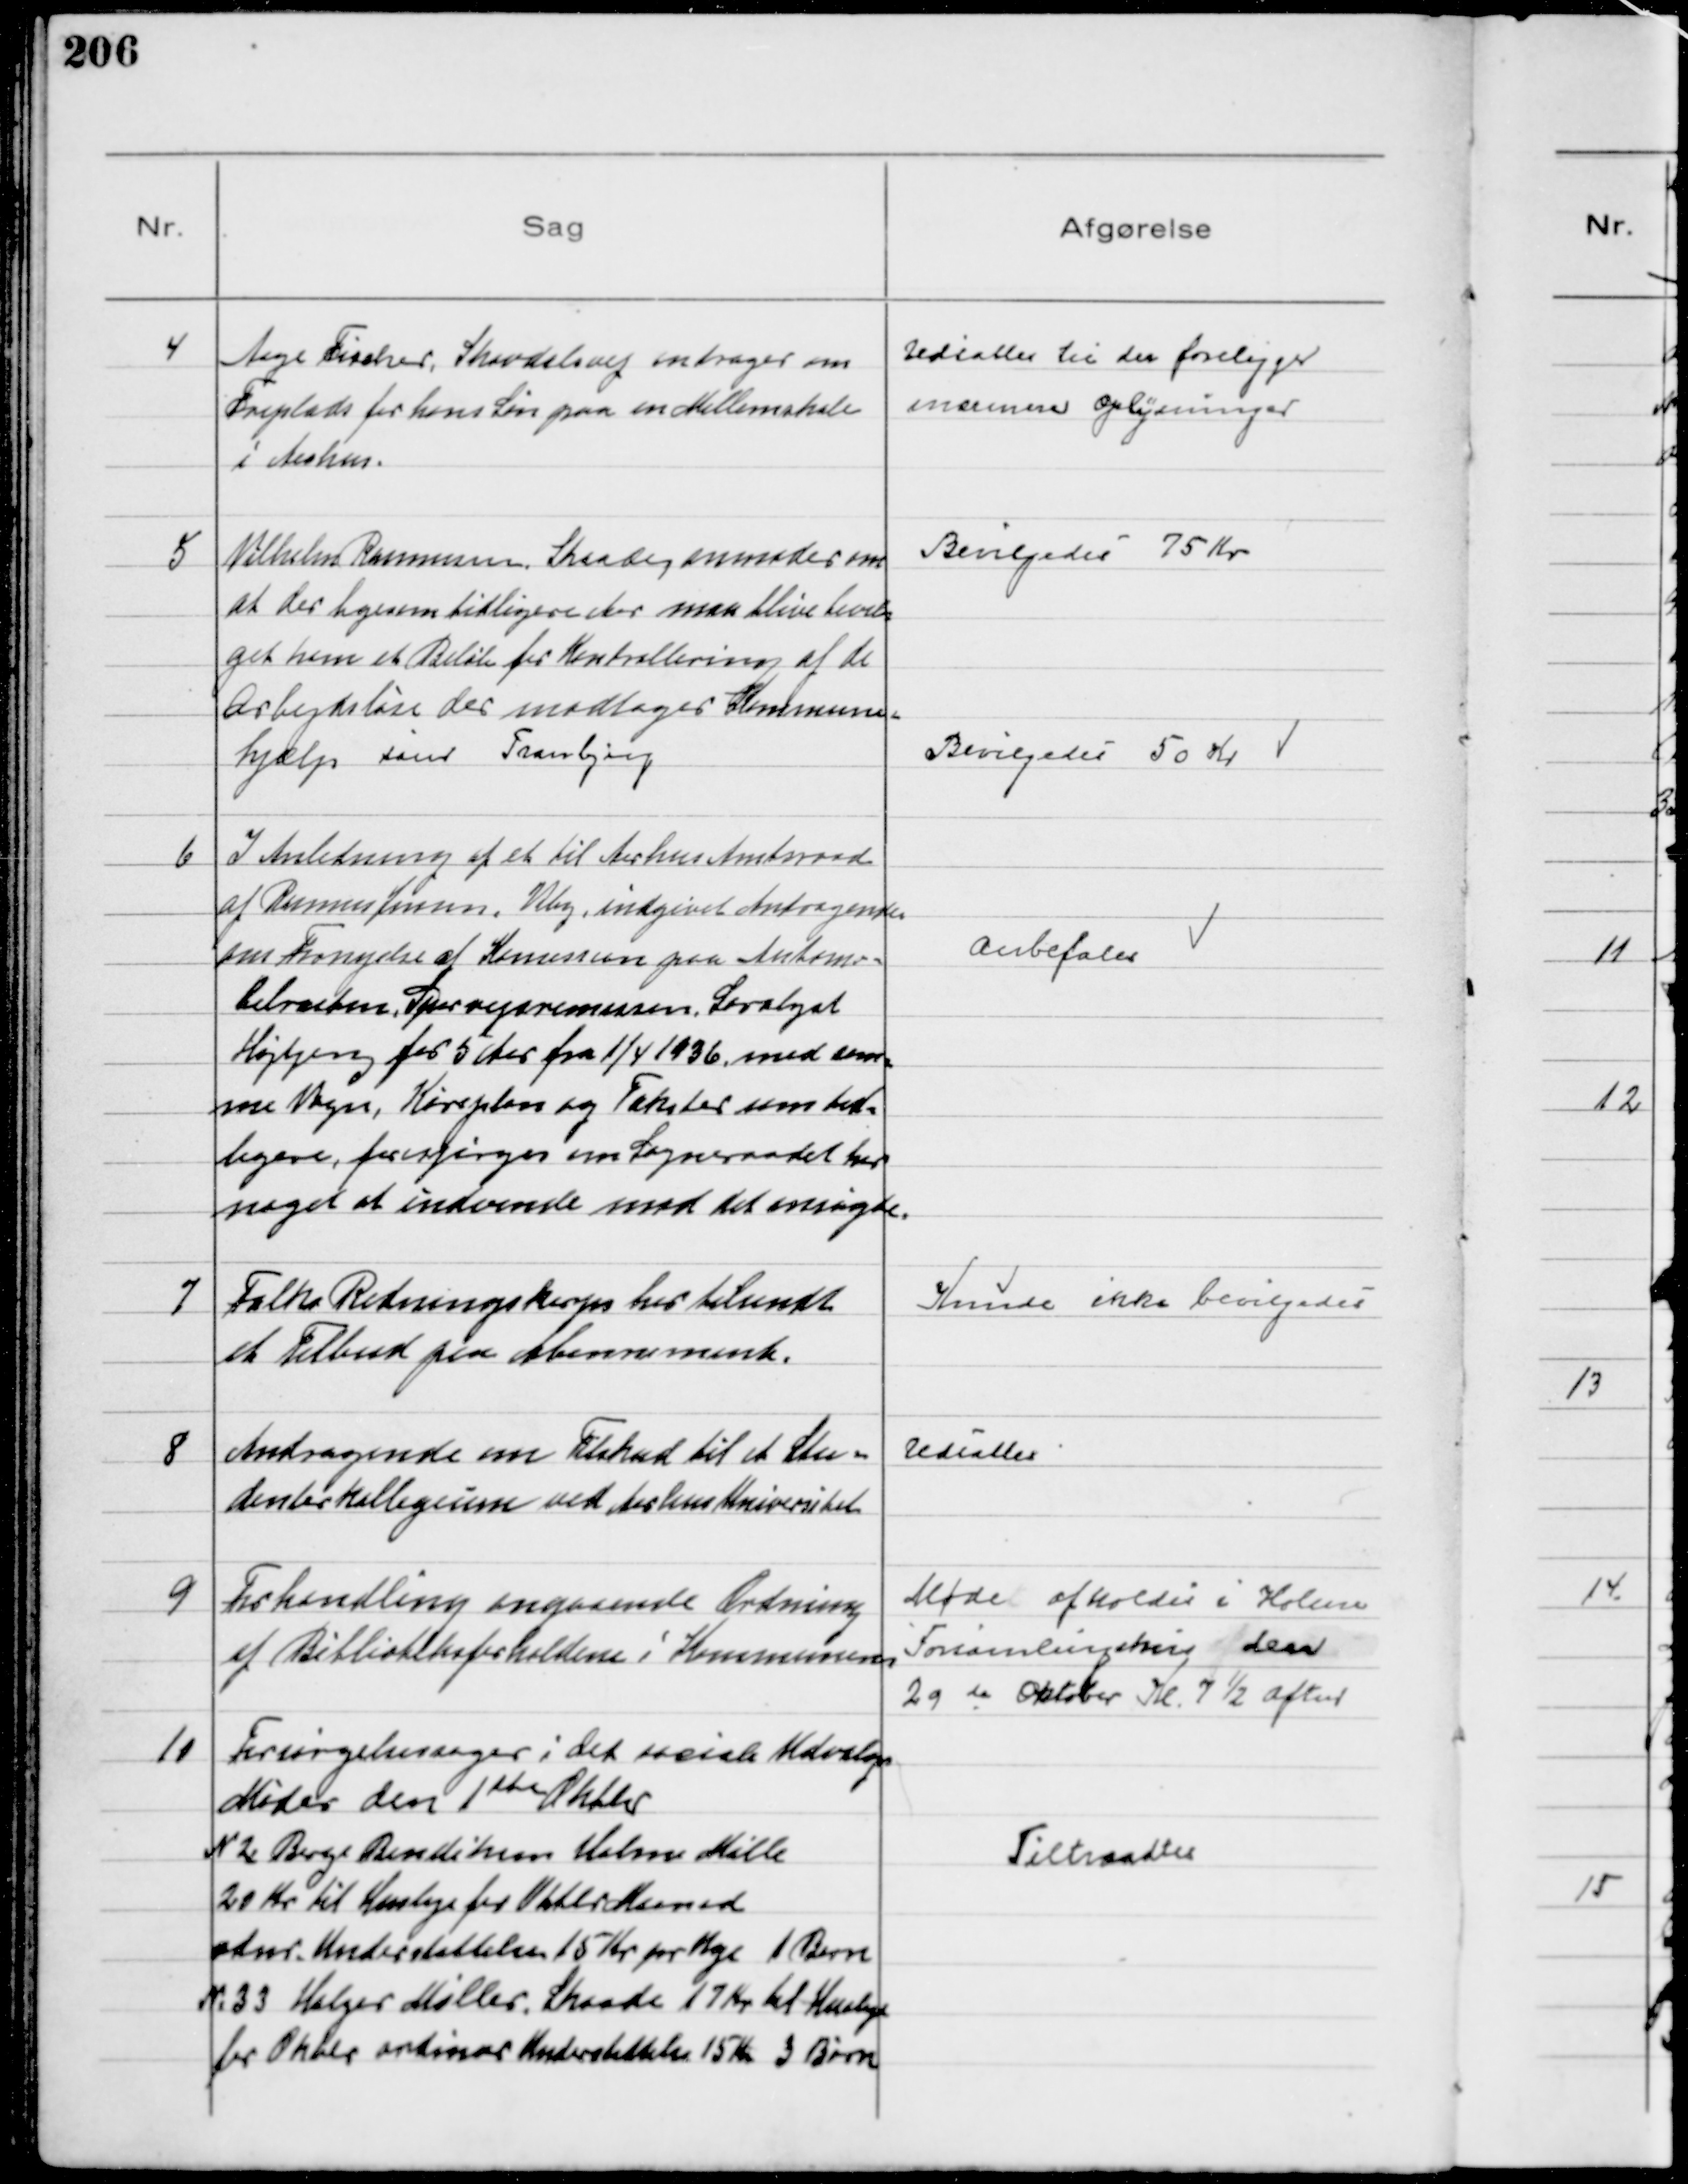
Transskription:
4
Aage Fischer, Skovdalsvej andrager om
Friplads for hans Søn paa en Mellemskole
i Aarhus.

Udsattes til der foreligger
nærmere Oplysninger

5
Vilhelm Rasmussen, Skaade, anmoder om
at der ligesom tidligere Aar maa blive bevil=
get ham et Beløb for Kontrollering af de
Arbejdsløse der modtager Kommune=
hjælp som Tranbjerg

Bevilgedes 75 Kr

Bevilgedes 50 Kr

6
I Anledning af et til Aarhus Amtsraad
af Rasmus Jensen, Viby, indgivet Andragende
om Fornyelse af Komission paa Automo=
bilruten, Sporvejsremissen, Saralyst 
Højbjerg for 5 Aar fra 1/4 1936, med sam=
me Vogn, Køreplan og Takster som tid=
ligere, forespørges om Sogneraadet har
noget at indvende mod det ansøgte.

Anbefales

7
Falks Redningskorps har tilsendt
et Tilbud paa Abonnement.

Kunde ikke bevilgedes

8
Andragende om Tilskud til et Stu=
denterkollegium ved Aarhus Universitet

Udsattes

9
Forhandling angaaende Ordning
af Biblioteksforholdene i Kommunen

Møde afholdes i Holme
Forsamlingshus den
29 de Oktober Kl. 7½ Aften

10
Forsørgelsessager i det sociale Udvalgs
Møder den 1 ste Oktbr
N 2 Børge Bendiksen Holme Mølle
20 Kr til Husleje for Oktbr Maaned
odnr. Understøttelse 15 Kr pr Uge 1 Barn 
N. 33 Holger Møller, Skaade 17 Kr til Husleje
for Okber ordinær Understøttelse 15 Kr 3 Børn

Tiltraadtes